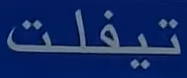
تيفلت